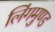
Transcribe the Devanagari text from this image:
लिंगमुण्ड